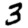
Digit: 3